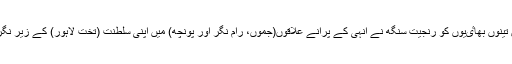
اسطرح قریب 1820 میں تینوں بھاٸیوں کو رنجیت سنگھ نے انہی کے پرانے علاقوں(جموں، رام نگر اور پونچھ) میں اپنی سلطنت (تخت لاہور) کے زیر نگرانی راجگیری سونپ دیں۔